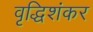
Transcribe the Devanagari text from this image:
वृद्धिशंकर